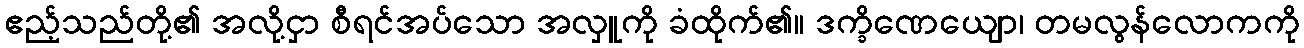
ဧည့်သည်တို့၏ အလို့ငှာ စီရင်အပ်သော အလှူကို ခံထိုက်၏။ ဒက္ခိဏေယျော၊ တမလွန်လောကကို